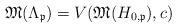
LaTeX: \begin{align*}\mathfrak{M}(\Lambda_{\mathfrak{p}}) = V(\mathfrak{M}(H_{0,\mathfrak{p}}),c)\end{align*}